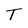
Character: T